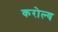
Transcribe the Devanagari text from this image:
करोल्य